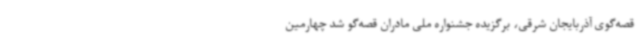
قصه‌گوی آذربایجان شرقی، برگزیده جشنواره ملی مادران قصه‌گو شد چهارمین